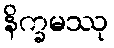
နိက္ခမဿု